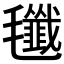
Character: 𣰷